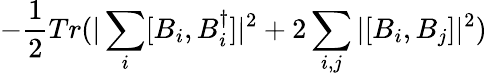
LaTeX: -\frac{1}{2}Tr(|\sum_{i}[B_{i},B_{i}^{\dagger}]|^{2}+2\sum_{i,j}|[B_{i},B_{j}]|^{2})